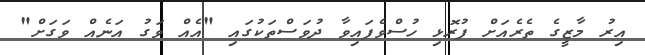
އިރު މާޒީގެ ތެރެއަށް ފުރޮޅި ހުސްވެފައިވާ ދުވަސްތަކުގައި "އެއް ވަގު އަނެއް ވަގަށް"